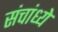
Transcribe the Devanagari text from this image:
संचांध्ये